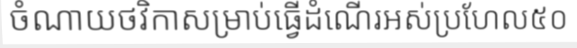
ចំណាយថវិកាសម្រាប់ធ្វើដំណើរអស់ប្រហែល៥០